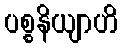
ပစ္စနိယျာဟိ